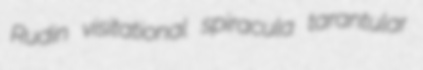
Rudin visitational spiracula tarantular